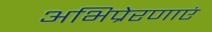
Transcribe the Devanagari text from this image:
अभिप्रेरणाएं